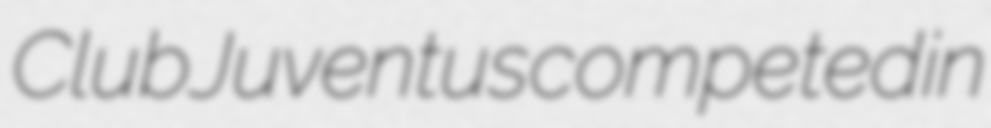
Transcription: Club Juventus competed in